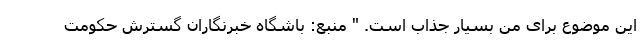
این موضوع برای من بسیار جذاب است. " منبع: باشگاه خبرنگاران گسترش حکومت